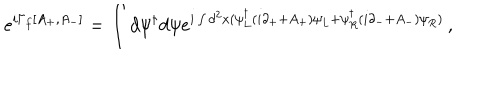
e ^ { i \Gamma _ { f } [ A _ { + } , A _ { - } ] } = \int d \psi ^ { \dagger } d \psi e ^ { i \int d ^ { 2 } x ( \psi _ { L } ^ { \dagger } ( i \partial _ { + } + A _ { + } ) \psi _ { L } + \psi _ { R } ^ { \dagger } ( i \partial _ { - } + A _ { - } ) \psi _ { R } ) } \, ,